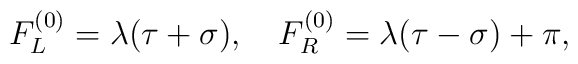
F^{(0)}_L = \lambda(\tau + \sigma), ~~~F^{(0)}_R = \lambda(\tau - \sigma) + \pi,